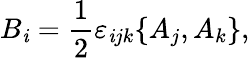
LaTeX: B_{\mathit{i}}=\frac{{1}}{{2}}\varepsilon_{\mathit{i}jk}\{ A_{j},A_{k}\} ,